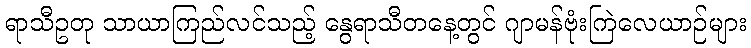
ရာသီဥတု သာယာကြည်လင်သည့် နွေရာသီတနေ့တွင် ဂျာမန်ဗုံးကြဲလေယာဉ်များ